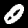
Label: 0